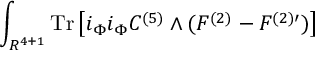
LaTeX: \int _ { R ^ { 4 + 1 } } \mathrm { T r } \left[ i _ { \Phi } i _ { \Phi } C ^ { ( 5 ) } \wedge ( F ^ { ( 2 ) } - F ^ { ( 2 ) \prime } ) \right]